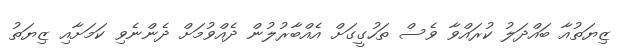
ޒިޔަތުއާ ބައްދަލު ކުރައްވާ ވެސް ތަހުގީގަށް އެއްބާރުލުން ދެއްވުމަށް ދެންނެވި ކަމަށާއި ޒިޔަތު